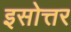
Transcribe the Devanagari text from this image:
इसोत्तर